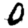
Digit: 0